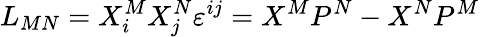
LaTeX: L_{MN}=X_{i}^{M}X_{j}^{N}\varepsilon^{ij}=X^{M}P^{N}-X^{N}P^{M}